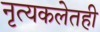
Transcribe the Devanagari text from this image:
नृत्यकलेतही